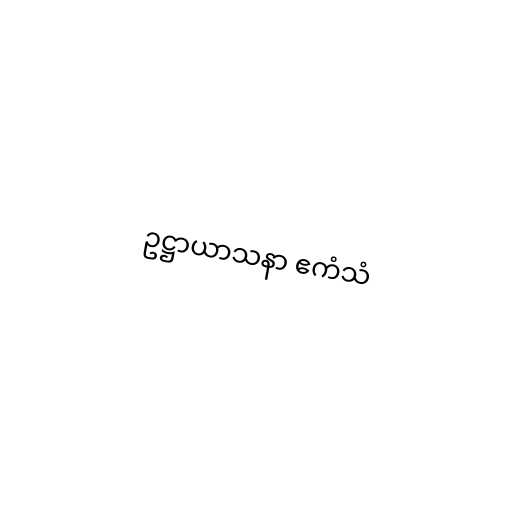
ဥဋ္ဌာယာသနာ ဧကံသံ